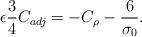
LaTeX: \begin{align*}\epsilon \frac{3}{4} C_{adj} = - C_{\rho} - \frac{6}{\sigma_{0}}. \end{align*}